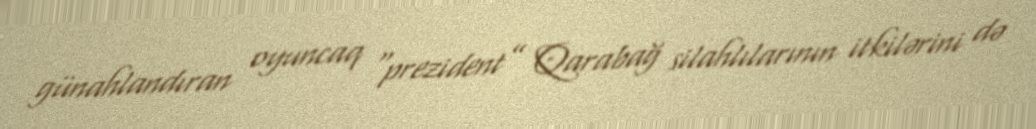
günahlandıran oyuncaq “prezident” Qarabağ silahlılarının itkilərini də